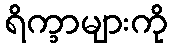
ရိက္ခာများကို